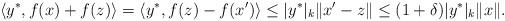
LaTeX: \begin{align*}\langle y^*,f(x)+f(z)\rangle=\langle y^*,f(z)-f(x')\rangle \le |y^*|_k\|x'-z\|\le (1+\delta)|y^*|_k\|x\|.\end{align*}